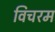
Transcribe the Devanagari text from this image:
विचरम